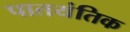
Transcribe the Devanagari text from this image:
पातयंतिक